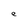
Character: e